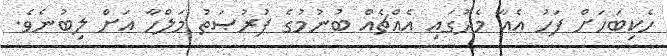
ހެކިބަހަށް ފަހު އެއާ މެދުގައި އެއްޗެއް ބުނުމުގެ ފުރުޞަތު މަލްހާ އަށް ލިބުނެވެ.